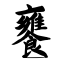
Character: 饔